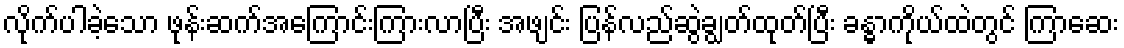
လိုက်ပါခဲ့သော ဖုန်းဆက်အကြောင်းကြားလာပြီး အဖျင်း ပြန်လည်ဆွဲချွတ်ထုတ်ပြီး ခန္ဓာကိုယ်ထဲတွင် ကြာဆေး